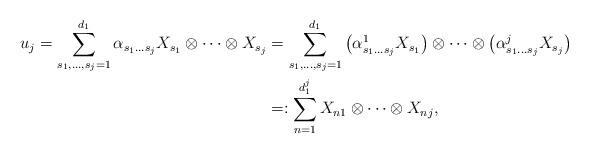
LaTeX: \begin{align*} u_j=\sum_{s_1,\dots,s_j=1}^{d_1}\alpha_{s_1\dots s_j}X_{s_1}\otimes\cdots\otimes X_{s_j} &=\sum_{s_1,\dots,s_j=1}^{d_1}\big(\alpha_{s_1\dots s_j}^1X_{s_1}\big)\otimes\cdots\otimes \big(\alpha_{s_1\dots s_j}^j X_{s_j}\big) \\ &=:\sum_{n=1}^{d_1^j}X_{n1}\otimes \cdots\otimes X_{nj}, \end{align*}